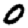
Digit: 0